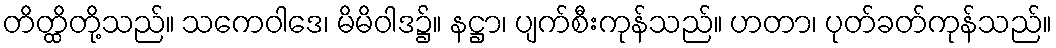
တိတ္ထိတို့သည်။ သကေဝါဒေ၊ မိမိဝါဒ၌။ နဋ္ဌာ၊ ပျက်စီးကုန်သည်။ ဟတာ၊ ပုတ်ခတ်ကုန်သည်။